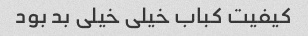
کیفیت کباب خیلی خیلی بد بود